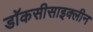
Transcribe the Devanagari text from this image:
डॉकसीसाइक्लीन